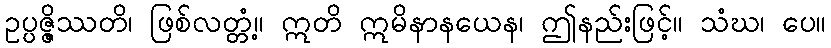
ဥပ္ပဇ္ဇိဿတိ၊ ဖြစ်လတ္တံ့။ ဣတိ ဣမိနာနယေန၊ ဤနည်းဖြင့်။ သံဃ၊ ပေ။